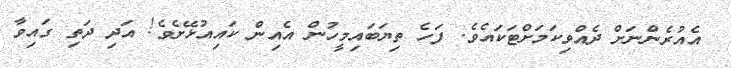
އެއުރެންނަށް ދެއްވިކަމަށްޓަކައެވެ. ފަހެ ތިޔަބައިމީހުން އެއިން ކައިއުޅޭށެވެ! އަދި ދަތި ގައިވާ